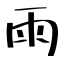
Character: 雨